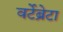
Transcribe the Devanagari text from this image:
वर्टेब्रेटा